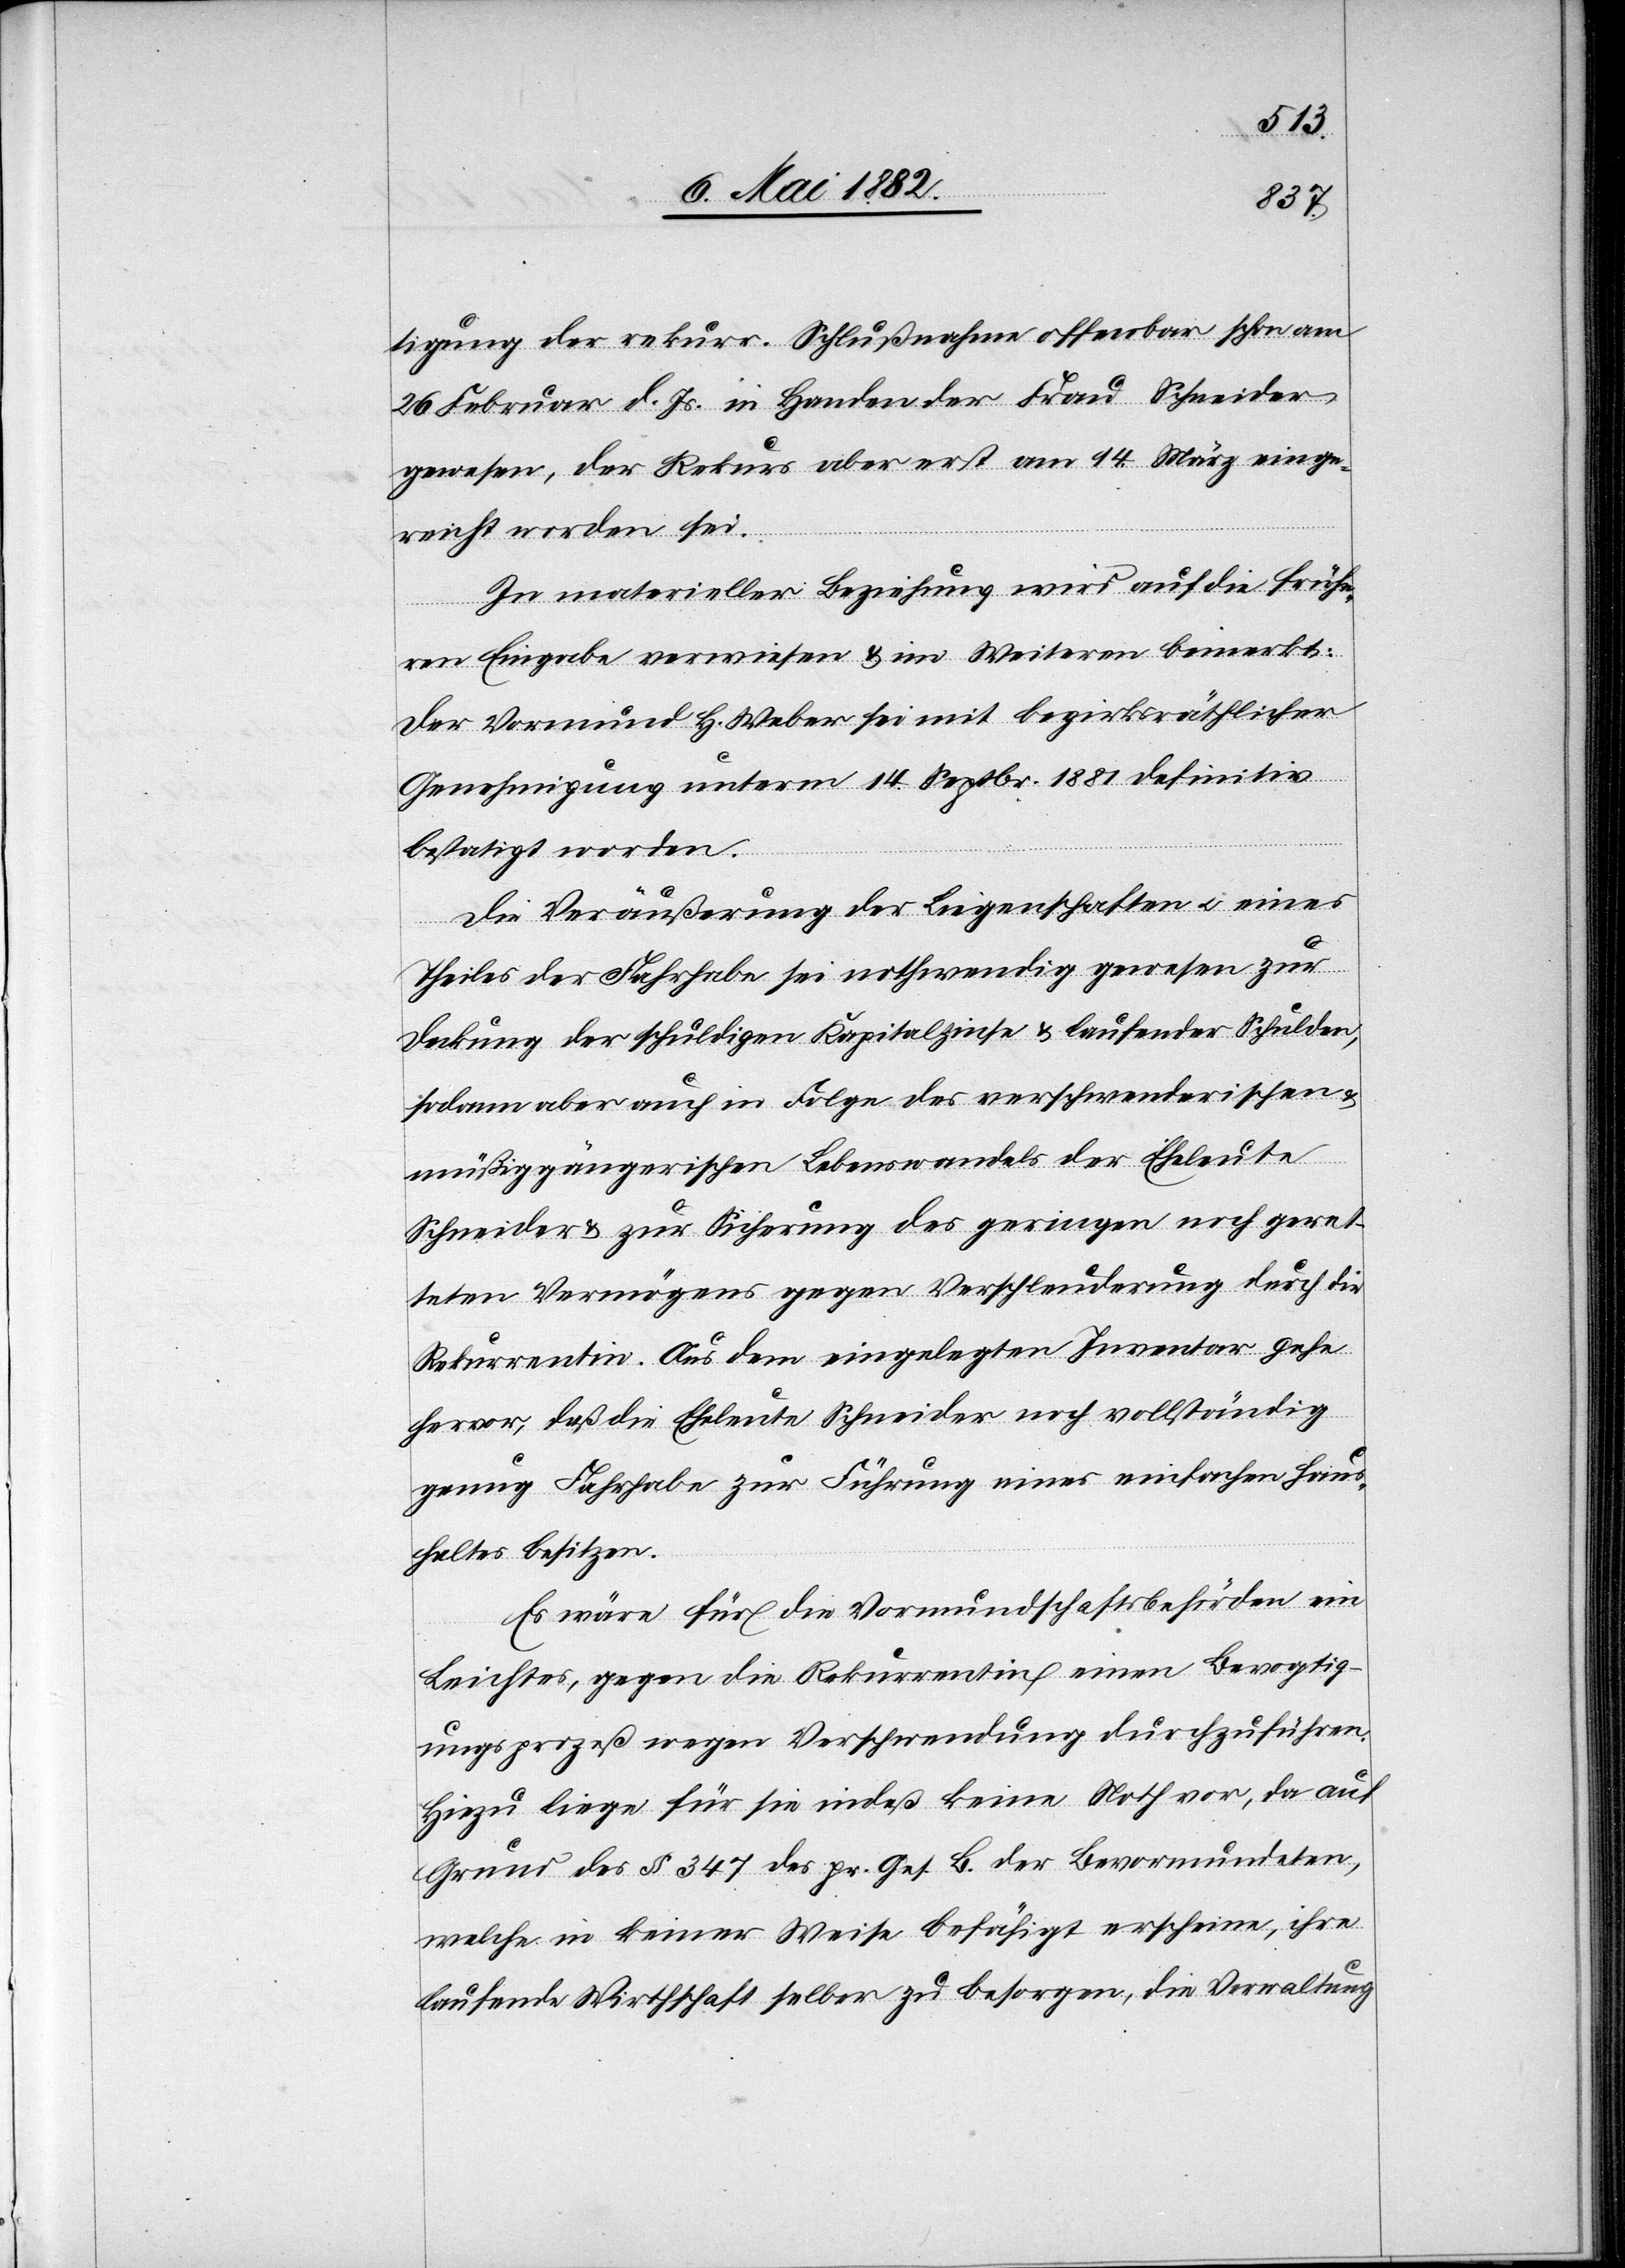
tigung der rekurr. Schlußnahme offenbar schon am
26. Februar d. Js. in Händen der Frau Schneider
gewesen, der Rekurs aber erst am 14. März eige¬
reicht worden sei.
In materieller Beziehung wird auf die frühe¬
re Eingabe verwiesen & im Weitern bemerkt:
Der Vormund H. Weber sei mit bezirksräthlicher
Genehmigung unterm 14. Septbr. 1881 definitiv
bestätigt worden.
Die Veräußerung der Liegenschaften u. eines
Theiles der Fahrhabe sei nothwendig gewesen zur
Deckung der schuldigen Kapitalzinse & laufender Schulden,
sodann aber auch in Folge des verschwenderischen &
müßiggängerischen Lebenswandels der Eheleute
Schneider & zur Sicherung des geringen noch geret¬
teten Vermögens gegen Verschuldung durch die
Rekurrentin. Aus dem eingelegten Inventar gehe
hervor, daß die Eheleute Schneider noch vollständig
genug Fahrhabe zur Führung eines einfachen Haus¬
haltes besitzen.
Es wäre für die Vormundschaftsbehörden ein
Leichtes, gegen die Rekurrentin einen Bevogtig¬
ungsprozeß wegen Verschwendung durchzuführen.
Hiezu liege für sie indeß keine Noth vor, da auf
Grund des § 347 des pr. Ges. B. der Bevormundeten,
welche in keiner Weise befähigt erscheine, ihre
laufende Wirthschaft selber zu besorgen, die Verwaltung